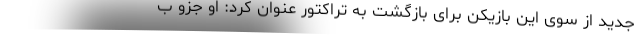
جدید از سوی این بازیکن برای بازگشت به تراکتور عنوان کرد: او جزو ب